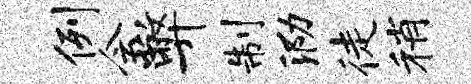
例会弊制泐徒稍